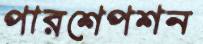
পারশেপশন